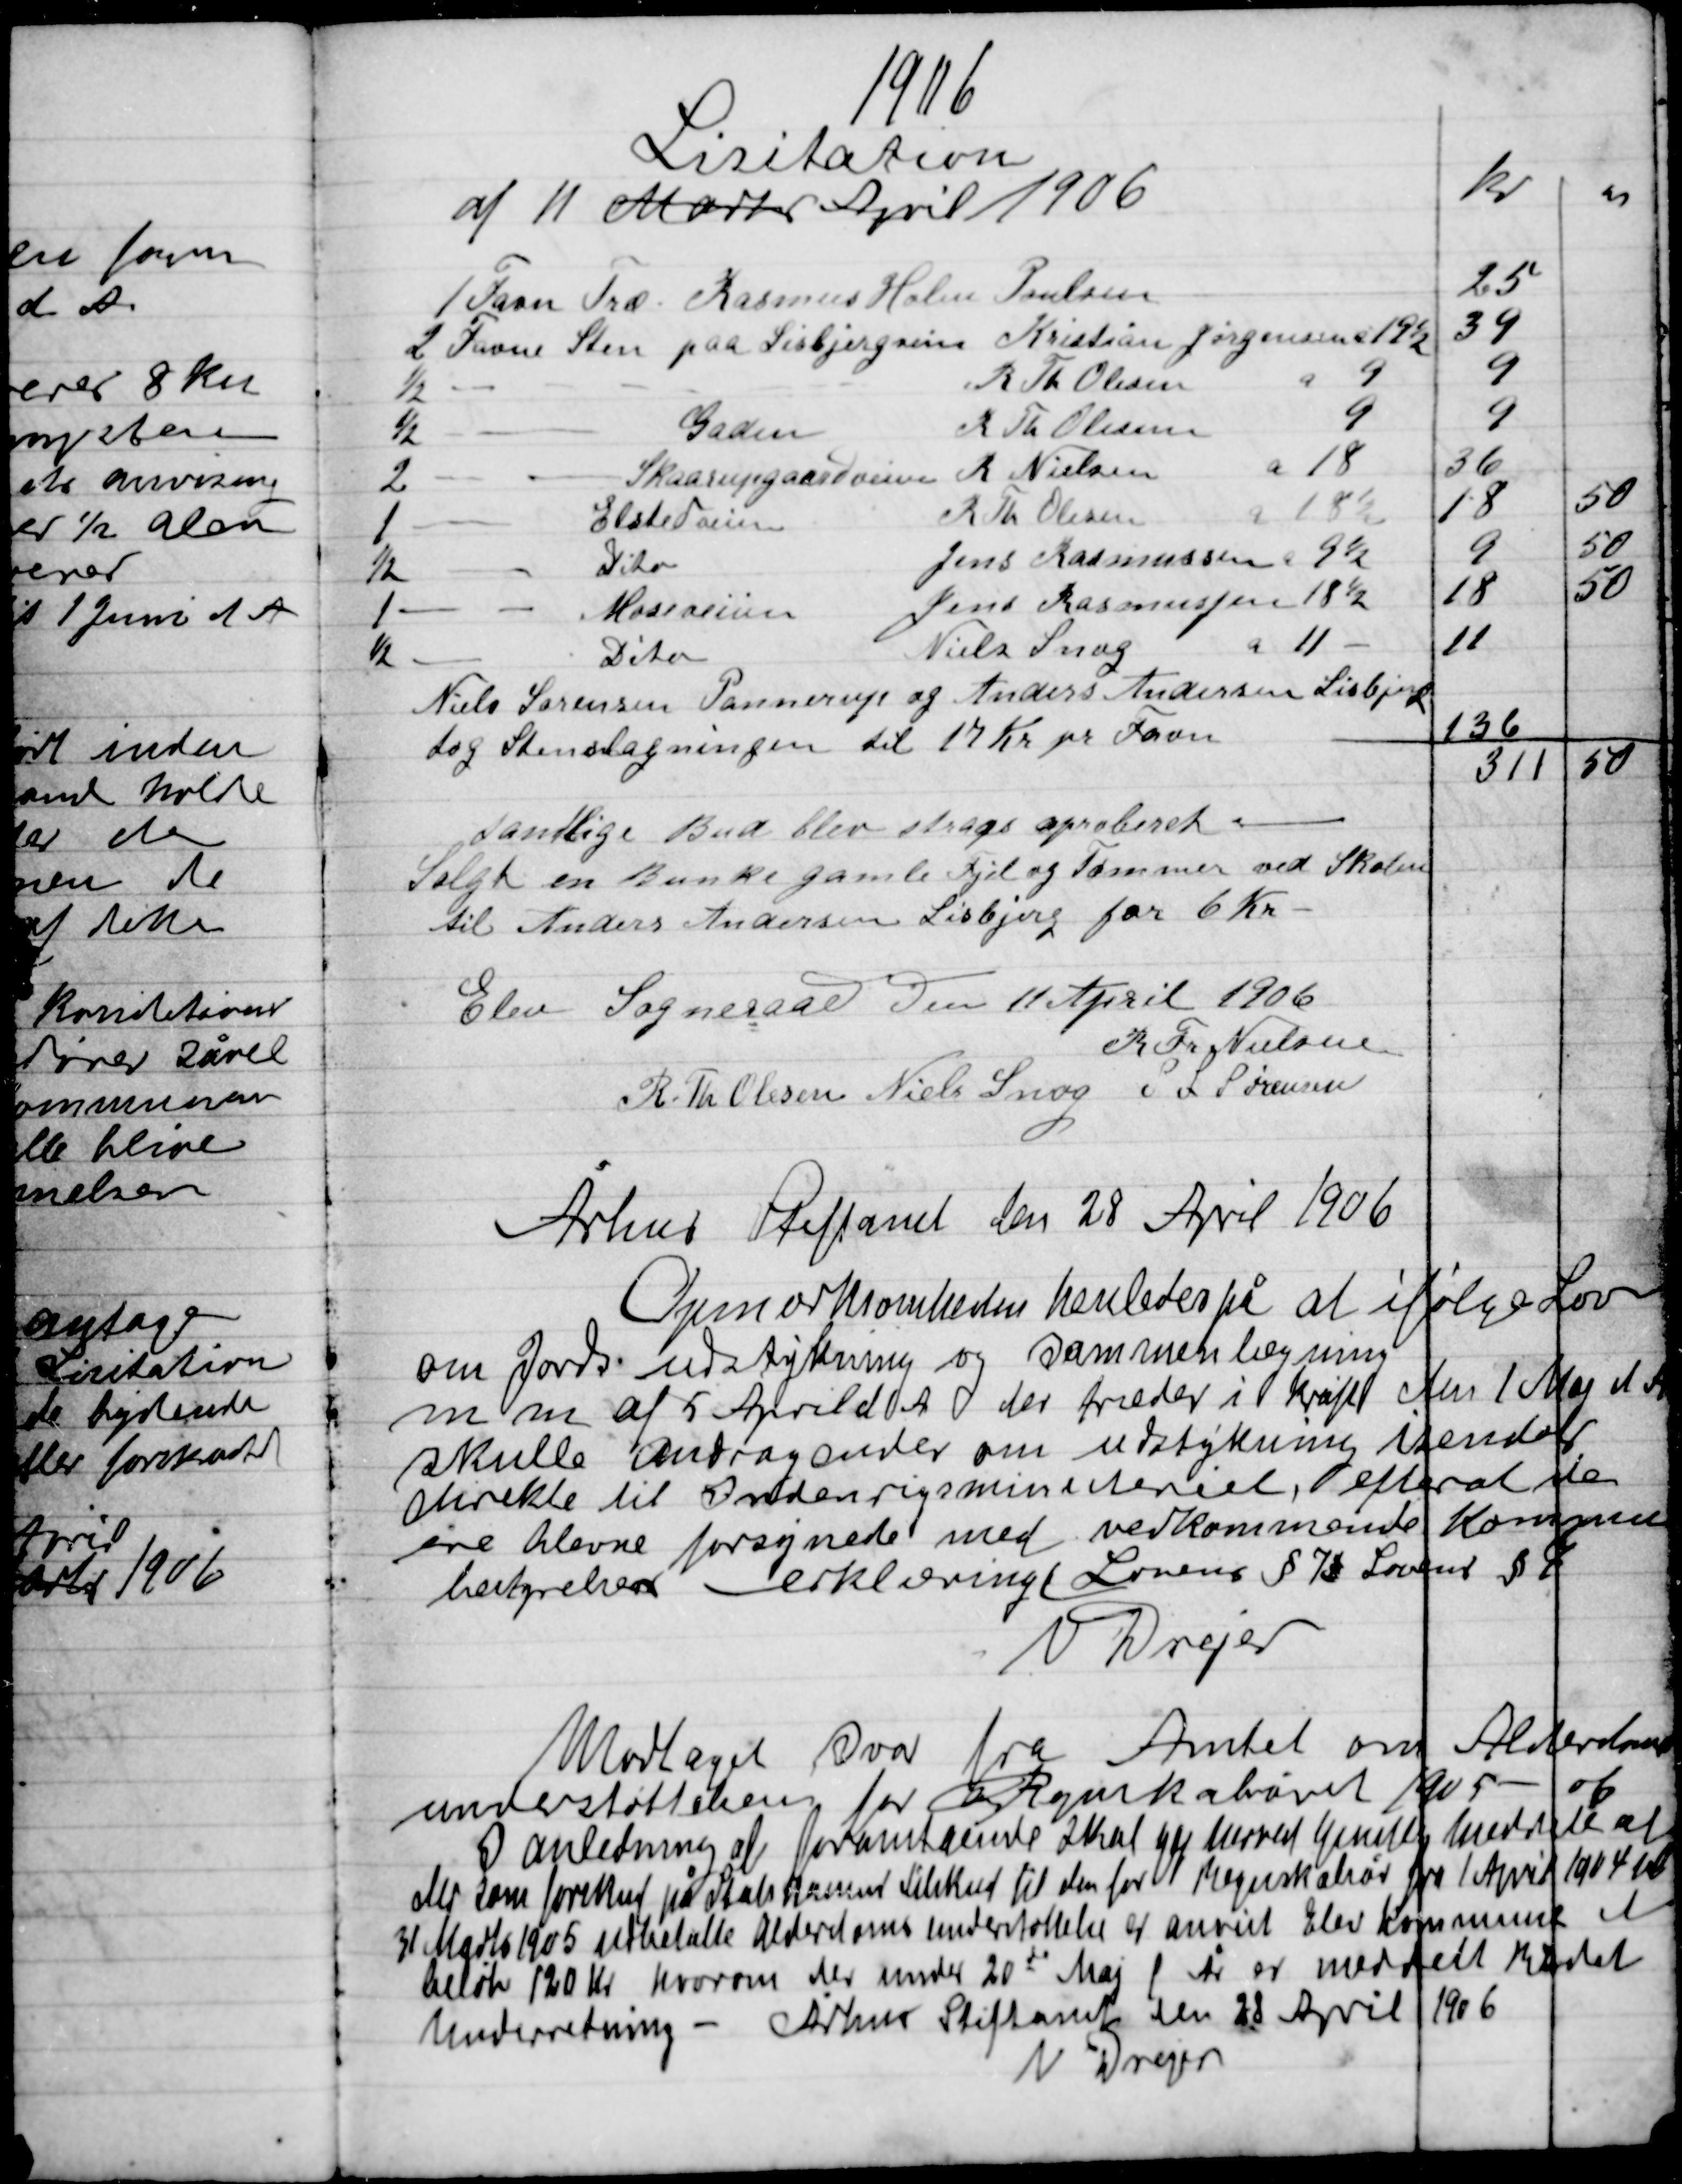
Transskription:
Samtlige Bud blev straks approberet
Salg en Bunke gamle Fjeld og Tømmer ved Skolen
til Anders Andersen Lisbjerg for 6 Kr.

Elev Sogneraad Den 11 April 1906

K. Tr. Nielsen
R. Th. Olsen
Niels Snog
S.L. Sørensen

Århus Stiftsamt den 28 April 1906

Opmærksomheden henledes på at ifølge Loven
om Jords. Udstykning og sammenlægning
m.m. af 5 April d. A. det træder i kraft den 1 Maj d. A.
skulle overdragende om udstykning indsendes 
direkte til Indenrigsministeriet efter at den
ere blevne forsynede ved vedkommende Kommune
bestyrelses erklæring Lovens § 73 Lovens § 9
N. Drejer

Modtaget svar fra Amtet om Alderdoms-
understøttelse for regnskabsåret 1905-06
I anledning af foranstaaende Skat gør herved tjenstlig meddele at
der som foreskud på Stats til den for  fra 1 April 1904 til
31 Marts 1905 udbetalte Alderdomsunderstøttelse af anvist Elev Kommune et
beløb 120 Kr. hvorom der under 20de Maj i År er meddelt Rådet
Underretning - Århus Stiftsamt den 28 April 1906
N. Drejer